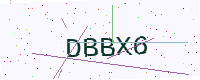
Text: DBBX6